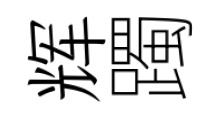
辉躅